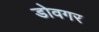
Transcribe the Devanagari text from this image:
डोवगर